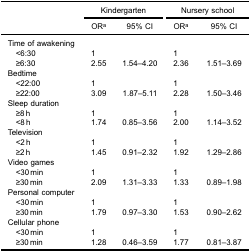
<table><thead><tr><td rowspan="5"><b> </b></td><td colspan="2"><b>Kindergarten</b></td><td colspan="2"><b>Nursery school</b></td></tr><tr><td><b>OR<sup>a</sup></b></td><td><b>95% CI</b></td><td><b>OR<sup>a</sup></b></td><td><b>95% CI</b></td></tr></thead><tbody><tr><td>Time of awakening</td><td> </td><td> </td><td> </td><td> </td></tr><tr><td> &lt;6:30</td><td>1</td><td> </td><td>1</td><td> </td></tr><tr><td> ≥6:30</td><td>2.55</td><td>1.54–4.20</td><td>2.36</td><td>1.51–3.69</td></tr><tr><td>Bedtime</td><td> </td><td> </td><td> </td><td> </td></tr><tr><td> &lt;22:00</td><td>1</td><td> </td><td>1</td><td> </td></tr><tr><td> ≥22:00</td><td>3.09</td><td>1.87–5.11</td><td>2.28</td><td>1.50–3.46</td></tr><tr><td>Sleep duration</td><td> </td><td> </td><td> </td><td> </td></tr><tr><td> ≥8 h</td><td>1</td><td> </td><td>1</td><td> </td></tr><tr><td> &lt;8 h</td><td>1.74</td><td>0.85–3.56</td><td>2.00</td><td>1.14–3.52</td></tr><tr><td>Television</td><td> </td><td> </td><td> </td><td> </td></tr><tr><td> &lt;2 h</td><td>1</td><td> </td><td>1</td><td> </td></tr><tr><td> ≥2 h</td><td>1.45</td><td>0.91–2.32</td><td>1.92</td><td>1.29–2.86</td></tr><tr><td>Video games</td><td> </td><td> </td><td> </td><td> </td></tr><tr><td> &lt;30 min</td><td>1</td><td> </td><td>1</td><td> </td></tr><tr><td> ≥30 min</td><td>2.09</td><td>1.31–3.33</td><td>1.33</td><td>0.89–1.98</td></tr><tr><td>Personal computer</td><td> </td><td> </td><td> </td><td> </td></tr><tr><td> &lt;30 min</td><td>1</td><td> </td><td>1</td><td> </td></tr><tr><td> ≥30 min</td><td>1.79</td><td>0.97–3.30</td><td>1.53</td><td>0.90–2.62</td></tr><tr><td>Cellular phone</td><td> </td><td> </td><td> </td><td> </td></tr><tr><td> &lt;30 min</td><td>1</td><td> </td><td>1</td><td> </td></tr><tr><td> ≥30 min</td><td>1.28</td><td>0.46–3.59</td><td>1.77</td><td>0.81–3.87</td></tr></tbody></table>